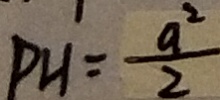
P H ^ { \prime } = \frac { a ^ { 2 } } { 2 }